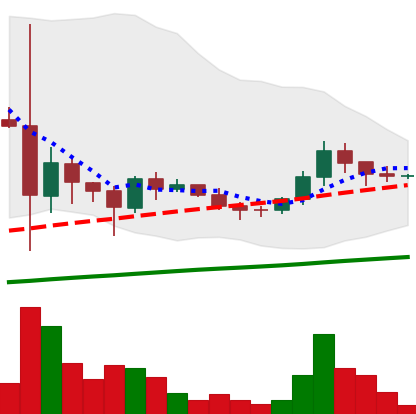
Ticker: DOGE-USD
Chart end date: 2021-06-06
Forward return: -14.106%
Label: down_7plus